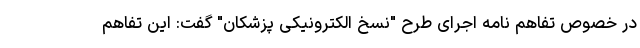
در خصوص تفاهم نامه اجرای طرح "نسخ الکترونیکی پزشکان" گفت: این تفاهم